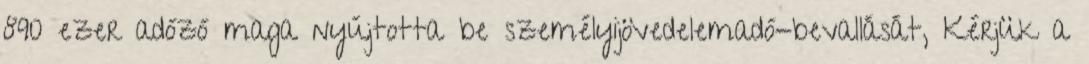
890 ezer adózó maga nyújtotta be személyijövedelemadó-bevallását, Kérjük a